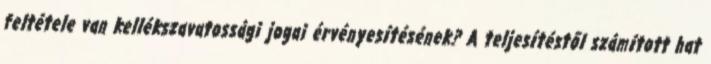
feltétele van kellékszavatossági jogai érvényesítésének? A teljesítéstől számított hat